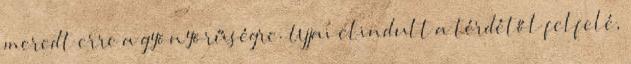
meredt erre a gyönyörűségre. Ujjai elindult a térdétől felfelé,